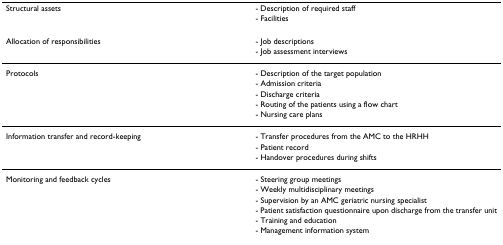
| Structural assets | - Description of required staff |
 |  | - Facilities |
 | --- | --- |
 | Allocation of responsibilities | - Job descriptions |
 |  | - Job assessment interviews |
 | Protocols | - Description of the target population |
 |  | - Admission criteria |
 |  | - Discharge criteria |
 |  | - Routing of the patients using a flow chart |
 |  | - Nursing care plans |
 | Information transfer and record-keeping | - Transfer procedures from the AMC to the HRHH |
 |  | - Patient record |
 |  | - Handover procedures during shifts |
 | Monitoring and feedback cycles | - Steering group meetings |
 |  | - Weekly multidisciplinary meetings |
 |  | - Supervision by an AMC geriatric nursing specialist |
 |  | - Patient satisfaction questionnaire upon discharge from the transfer unit |
 |  | - Training and education |
 |  | - Management information system |